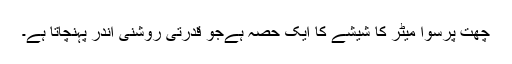
چھت پرسوا میٹر کا شیشے کا ایک حصہ ہےجو قدرتی روشنی اندر پہنچاتا ہے۔